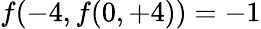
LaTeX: f(-4,f(0,+4))=-1